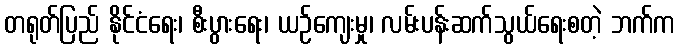
တရုတ်ပြည် နိုင်ငံရေး၊ စီးပွားရေး၊ ယဉ်ကျေးမှု၊ လမ်းပန်းဆက်သွယ်ရေးစတဲ့ ဘက်က